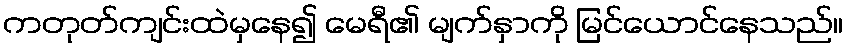
ကတုတ်ကျင်းထဲမှနေ၍ မေရီ၏ မျက်နှာကို မြင်ယောင်နေသည်။